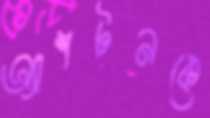
অ্যাশটনকে